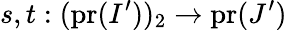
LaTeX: s,t:(\mathrm{pr}(I^{\prime}))_{2}\to\mathrm{pr}(J^{\prime})